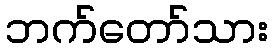
ဘက်တော်သား